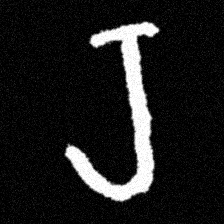
Pyu character \u2014 Myanmar letter: ရ (romanized: ra)